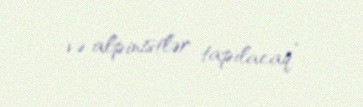
və alpinistlər tapılacaq”.